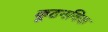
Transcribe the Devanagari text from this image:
कूटनयिक